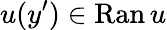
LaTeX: u(y^{\prime})\in\mathrm{Ran}\, u